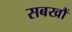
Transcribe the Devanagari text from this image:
सबखौं